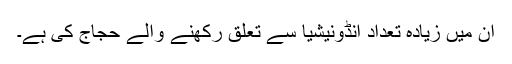
ان میں زیادہ تعداد انڈونیشیا سے تعلق رکھنے والے حجاج کی ہے۔